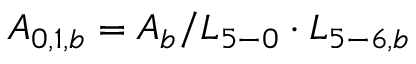
{ A _ { 0 , 1 , b } } = { A _ { b } } / { L _ { 5 - 0 } } \cdot { L _ { 5 - 6 , b } }